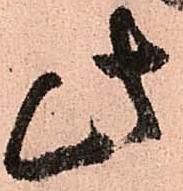
此